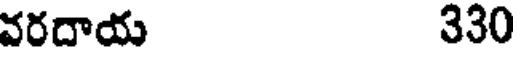
వరదాయ 330